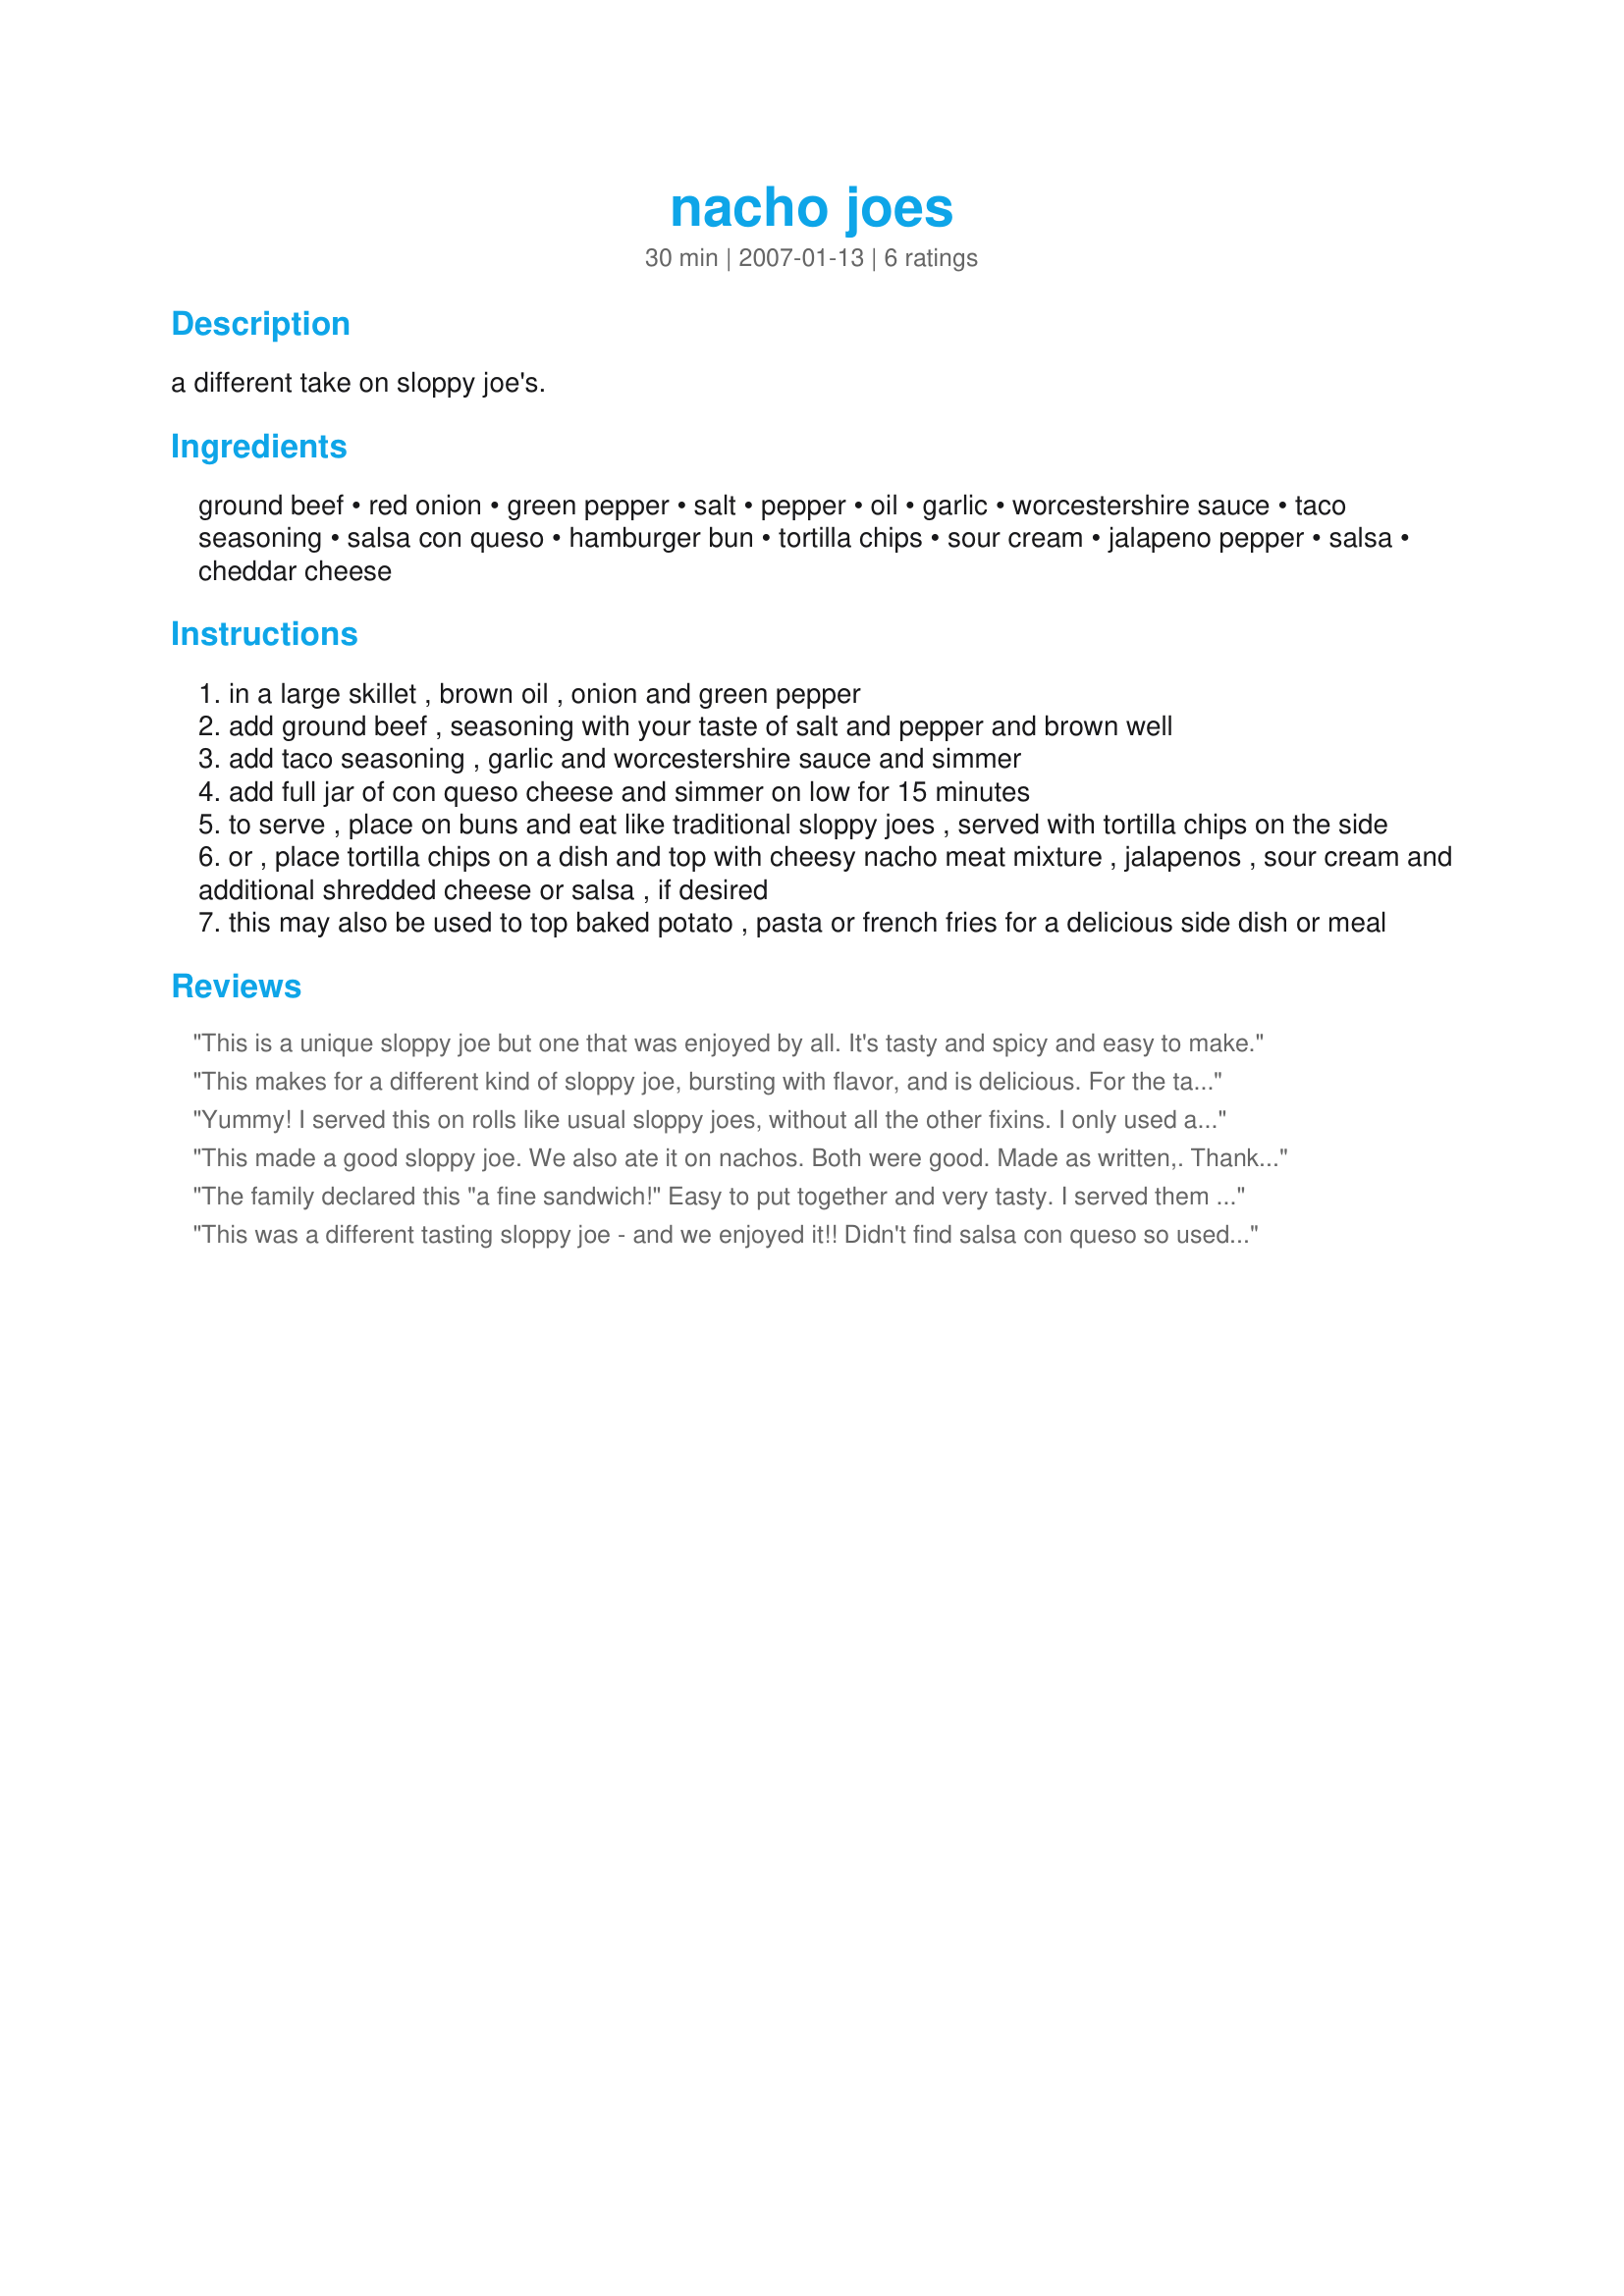
nacho joes
Preparation time: 30 minutes

a different take on sloppy joe's.

Ingredients:
ground beef, red onion, green pepper, salt, pepper, oil, garlic, worcestershire sauce, taco seasoning, salsa con queso, hamburger bun, tortilla chips, sour cream, jalapeno pepper, salsa, cheddar cheese

Steps:
in a large skillet , brown oil , onion and green pepper
add ground beef , seasoning with your taste of salt and pepper and brown well
add taco seasoning , garlic and worcestershire sauce and simmer
add full jar of con queso cheese and simmer on low for 15 minutes
to serve , place on buns and eat like traditional sloppy joes , served with tortilla chips on the side
or , place tortilla chips on a dish and top with cheesy nacho meat mixture , jalapenos , sour cream and additional shredded cheese or salsa , if desired
this may also be used to top baked potato , pasta or french fries for a delicious side dish or meal

Reviews:
This is a unique sloppy joe but one that was enjoyed by all. It's tasty and spicy and easy to make.
This makes for a different kind of sloppy joe, bursting with flavor, and is delicious. For the taco seasoning, I used Deb's Recipes' Recipe #154235 #154235. I skipped the tortilla chips on the side.
Yummy! I served this on rolls like usual sloppy joes, without all the other fixins. I only used about 3/4 of the jar of queso because we like our sloppy joes thick and not so, well, sloppy. Other than that, I followed as is. I think the only change I would make in the future is to brown the meat first, so that I could drain it, and then add the onion and pepper without any extra oil. This would probably make the vegetables slightly crunchier, but I think that would be ok for me. And DBF went back for fourths (not completely unprecedented but, still, he is supposed to be on a diet) so this is a definite keeper. Thanks Lainey!
This made a good sloppy joe. We also ate it on nachos. Both were good. Made as written,. 

Thanks Lainey6605.

Bullwinkle
The family declared this "a fine sandwich!" Easy to put together and very tasty. I served them on buns with sour cream, jalapenos, salsa and black olives. Thanks for posting!
This was a different tasting sloppy joe - and we enjoyed it!! Didn't find salsa con queso so used regular salsa. Served it with some pasta instead of buns. Thanks Lainey! :)
